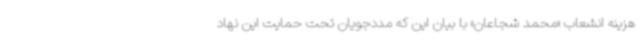
هزینه انشعاب «محمد شجاعان» با بیان این که مددجویان تحت حمایت این نهاد